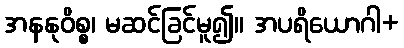
အနနုဝိစ္စ၊ မဆင်ခြင်မူ၍။ အပရိယောဂါ+